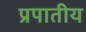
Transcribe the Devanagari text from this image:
प्रपातीय